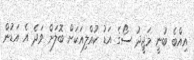
އިއްބެ ބުނީ މަޖީދު ސޯގެ އަޑު ކުއްލިއަކަށް ބޮލަށް ވަދެ އެ އަޑުން